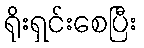
ရိုးရှင်းစေပြီး